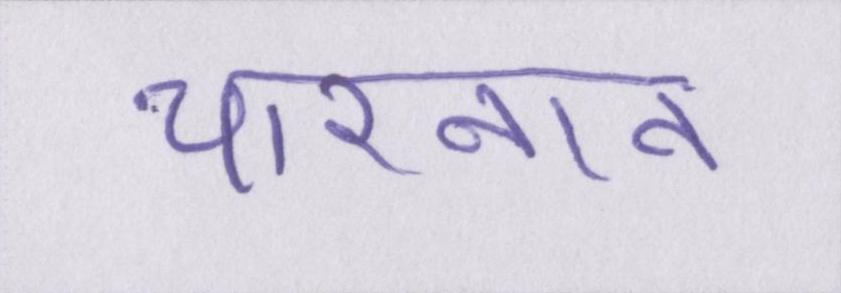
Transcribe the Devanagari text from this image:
चारनान